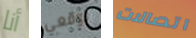
أنا توقعي اتصالات